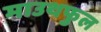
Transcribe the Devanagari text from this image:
माउथफुल